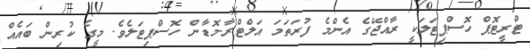
ޓްރީޓޮޕް ހޮސްޕިޓަލަކީ ރާއްޖޭގެ އެންމެ ފުރަތަމަ އަލްޓްރާ-މޮޑާން ހޮސްޕިޓަލެވެ. މީގެ ކުރިން ބައެއް